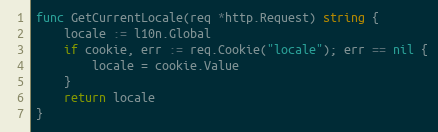
Language: Go
func GetCurrentLocale(req *http.Request) string {
	locale := l10n.Global
	if cookie, err := req.Cookie("locale"); err == nil {
		locale = cookie.Value
	}
	return locale
}